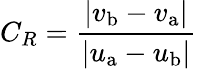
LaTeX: C_{R}={\frac{\left|v_{\mathrm{b}}-v_{\mathrm{a}}\right|}{\left|u_{\mathrm{a}}-u_{\mathrm{b}}\right|}}